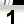
Digit: 1